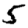
Digit: 5